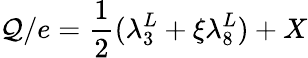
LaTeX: {\cal Q}/e=\frac{1}{2}(\lambda_{3}^{L}+\xi\lambda_{8}^{L})+X